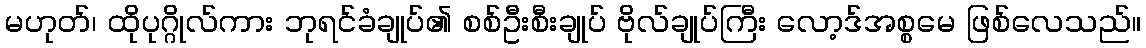
မဟုတ်၊ ထိုပုဂ္ဂိုလ်ကား ဘုရင်ခံချုပ်၏ စစ်ဦးစီးချုပ် ဗိုလ်ချုပ်ကြီး လော့ဒ်အစ္စမေ ဖြစ်လေသည်။